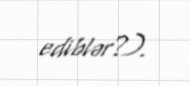
ediblər?).